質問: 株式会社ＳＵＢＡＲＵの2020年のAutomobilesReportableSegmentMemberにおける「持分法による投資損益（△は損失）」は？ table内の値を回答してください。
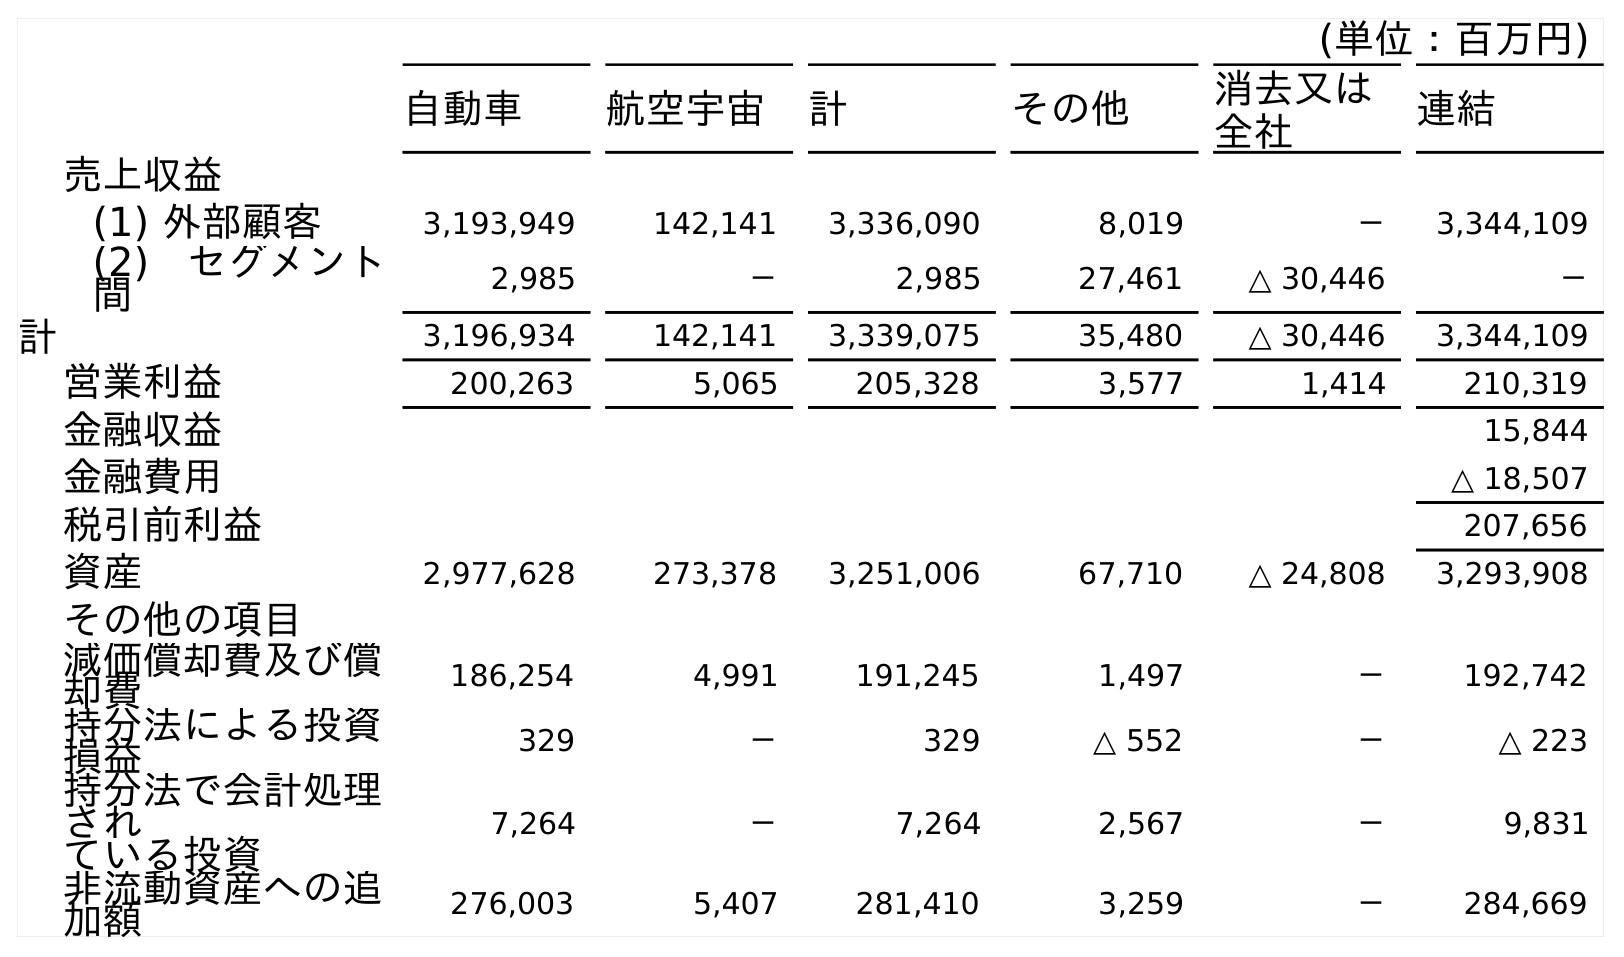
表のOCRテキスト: (単位：百万円) 自動車 航空宇宙 計 その他 消去又は 全社 連結 売上収益 (1) 外部顧客 3,193,949 142,141 3,336,090 8,019 － 3,344,109 (2) セグメント 間 2,985 － 2,985 27,461 △ 30,446 － 計 3,196,934 142,141 3,339,075 35,480 △ 30,446 3,344,109 営業利益 200,263 5,065 205,328 3,577 1,414 210,319 金融収益 15,844 金融費用 △ 18,507 税引前利益 207,656 資産 2,977,628 273,378 3,251,006 67,710 △ 24,808 3,293,908 その他の項目 減価償却費及び償 却費 186,254 4,991 191,245 1,497 － 192,742 持分法による投資 損益 329 － 329 △ 552 － △ 223 持分法で会計処理 され ている投資 7,264 － 7,264 2,567 － 9,831 非流動資産への追 加額 276,003 5,407 281,410 3,259 － 284,669
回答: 329